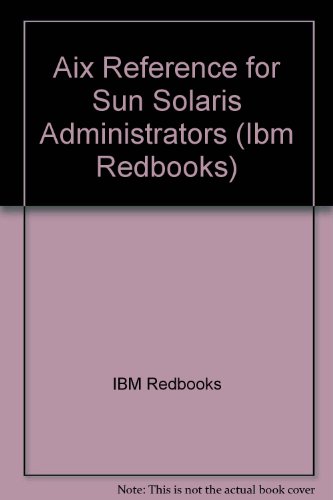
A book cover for AIX Reference for Sun Solaris Administrators (Ibm Redbooks); IBM Redbooks; Computers & Technology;